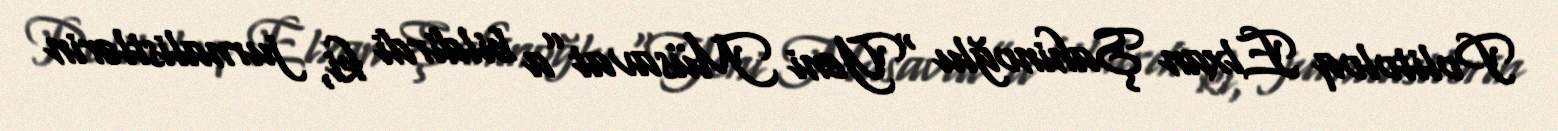
Politoloq Elxan Şahinoğlu “Yeni Müsavat”a bildirdi ki, jurnalistlərin